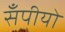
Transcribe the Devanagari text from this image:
सँपीयो